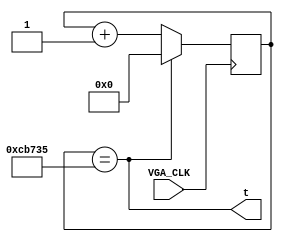
module framerate_clock(
	input VGA_CLK,
	output t
	);
	reg [26:0] count = 0;
	assign t = (count == 26'h989680 / 12);
	always @(posedge VGA_CLK) begin
		if (t)
		count <= 0;
	else
		count <= count + 1;
	end
endmodule